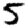
Digit: 5